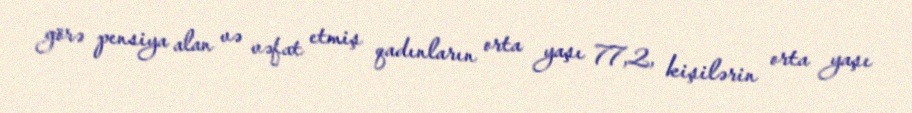
görə pensiya alan və vəfat etmiş qadınların orta yaşı 77,2, kişilərin orta yaşı